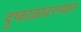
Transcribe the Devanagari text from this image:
दुष्काळादरम्यान